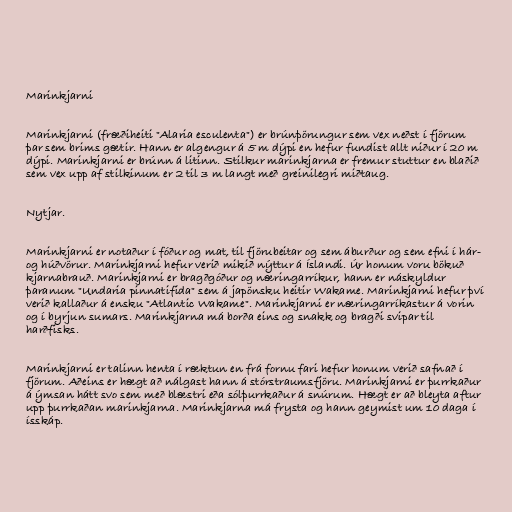
Marinkjarni

Marinkjarni (fræðiheiti "Alaria esculenta") er brúnþörungur sem vex neðst í fjörum
þar sem brims gætir. Hann er algengur á 5 m dýpi en hefur fundist allt niður í 20 m
dýpi. Marinkjarni er brúnn á litinn. Stilkur marinkjarna er fremur stuttur en blaðið
sem vex upp af stilkinum er 2 til 3 m langt með greinilegri miðtaug.

Nytjar.

Marinkjarni er notaður í fóður og mat, til fjörubeitar og sem áburður og sem efni í hár-
og húðvörur. Marinkjarni hefur verið mikið nýttur á Íslandi. Úr honum voru bökuð
kjarnabrauð. Marinkjarni er bragðgóður og næringarríkur, hann er náskyldur
þaranum "Undaria pinnatifida" sem á japönsku heitir Wakame. Marinkjarni hefur því
verið kallaður á ensku "Atlantic Wakame". Marinkjarni er næringarríkastur á vorin
og í byrjun sumars. Marinkjarna má borða eins og snakk og bragði svipar til
harðfisks.

Marinkjarni er talinn henta í ræktun en frá fornu fari hefur honum verið safnað í
fjörum. Aðeins er hægt að nálgast hann á stórstraumsfjöru. Marinkjarni er þurrkaður
á ýmsan hátt svo sem með blæstri eða sólþurrkaður á snúrum. Hægt er að bleyta aftur
upp þurrkaðan marinkjarna. Marinkjarna má frysta og hann geymist um 10 daga í
ísskáp.